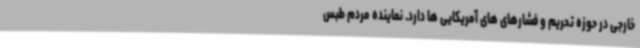
خارجی در حوزه تحریم و فشارهای های آمریکایی ها دارد. نماینده مردم طبس